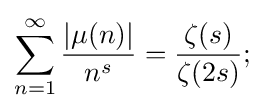
\sum \limits _{n=1}^{\infty }{\frac {|\mu (n)|}{n^{s}}}={\frac {\zeta (s)}{\zeta (2s)}};